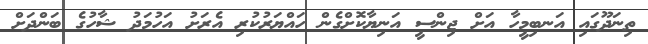
ތިނަދޫގައި އަނބިމީހާ އަށް ޖިންސީ އަނިޔާކޮށްގެން ހައްޔަރުކުރި އެރަށު އަހުމަދު ޝާހުގެ ބަންދަށް